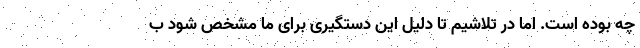
چه بوده است. اما در تلاشیم تا دلیل این دستگیری برای ما مشخص شود ب